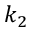
k _ { 2 }